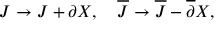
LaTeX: J \to J + \partial X , \ \ \ { \overline { { J } } } \to { \overline { { J } } } - { \overline { { \partial } } } X ,